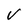
Character: V